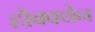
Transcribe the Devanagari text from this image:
हौक्क्येन